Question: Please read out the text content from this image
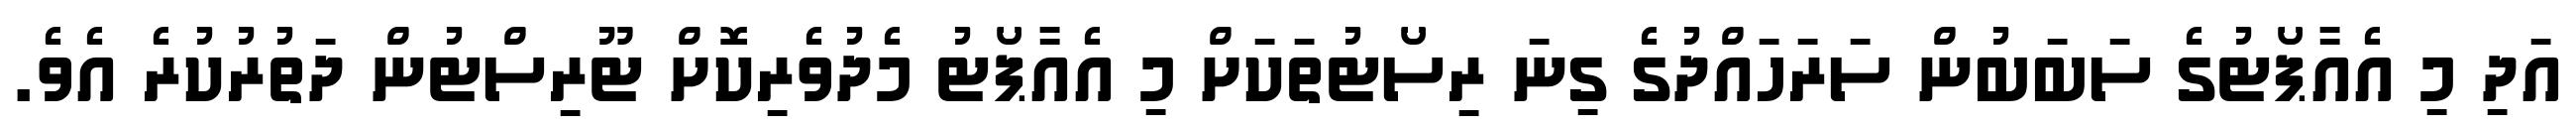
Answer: އަދި މި އެއާޕޯޓުގެ ސަބަބުން ސަރަހައްދުގެ ގިނަ ރިސޯޓުތަކަށް މި އެއާޕޯޓު މެދުވެރިކޮށް ޓޫރިސްޓުން ދަތުރުކުރެ އެވެ.